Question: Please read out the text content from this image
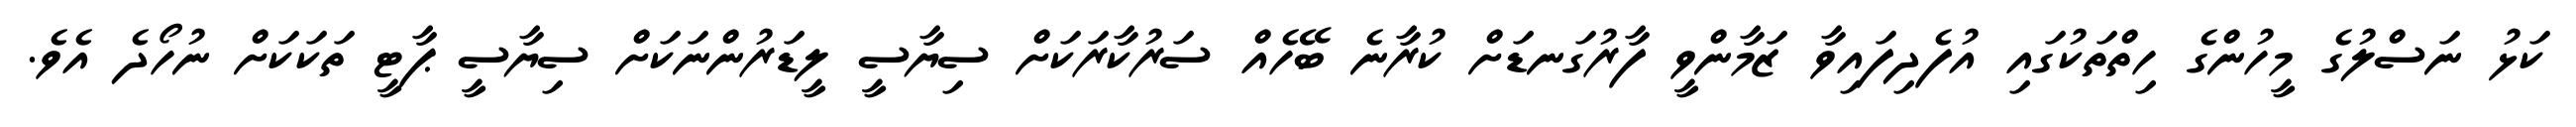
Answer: ކަޅު ނަސްލުގެ މީހުންގެ ހިތްތަކުގައި އުފެދިފައިވާ ޒަމާންވީ ފާރުގަނޑަށް ކުރާނެ ބޭހެއް ސަރުކާރަކަށް ސިޔާސީ ލީޑަރުންނަކަށް ސިޔާސީ ޕާޓީ ތަކަކަށް ނުހޯދެ އެވެ.